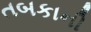
તબકાની